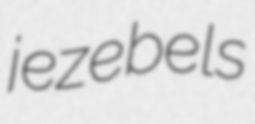
jezebels